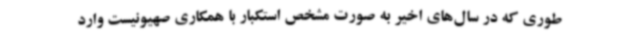
طوری که در سال‌های اخیر به صورت مشخص استکبار با همکاری صهیونیست وارد